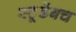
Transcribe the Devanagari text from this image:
स्टूडेंबच